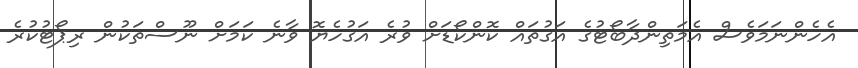
އެހެންނަމަވެސް އެމަތިންދާބޯޓުގެ އަގުތައް ކޮންކޯޑަށް ވުރެ އަގުހެޔޮ ވާނެ ކަމަށް ނޫސްތަކުން ރިޕޯޓުކުރެ